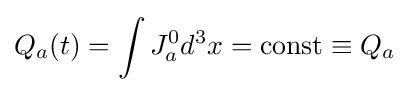
Q_{a}(t)=\int J_{a}^{0}d^{3}x=\mathrm {const} \equiv Q_{a}